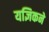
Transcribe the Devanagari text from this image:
यज्ञिकने